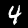
Label: 4